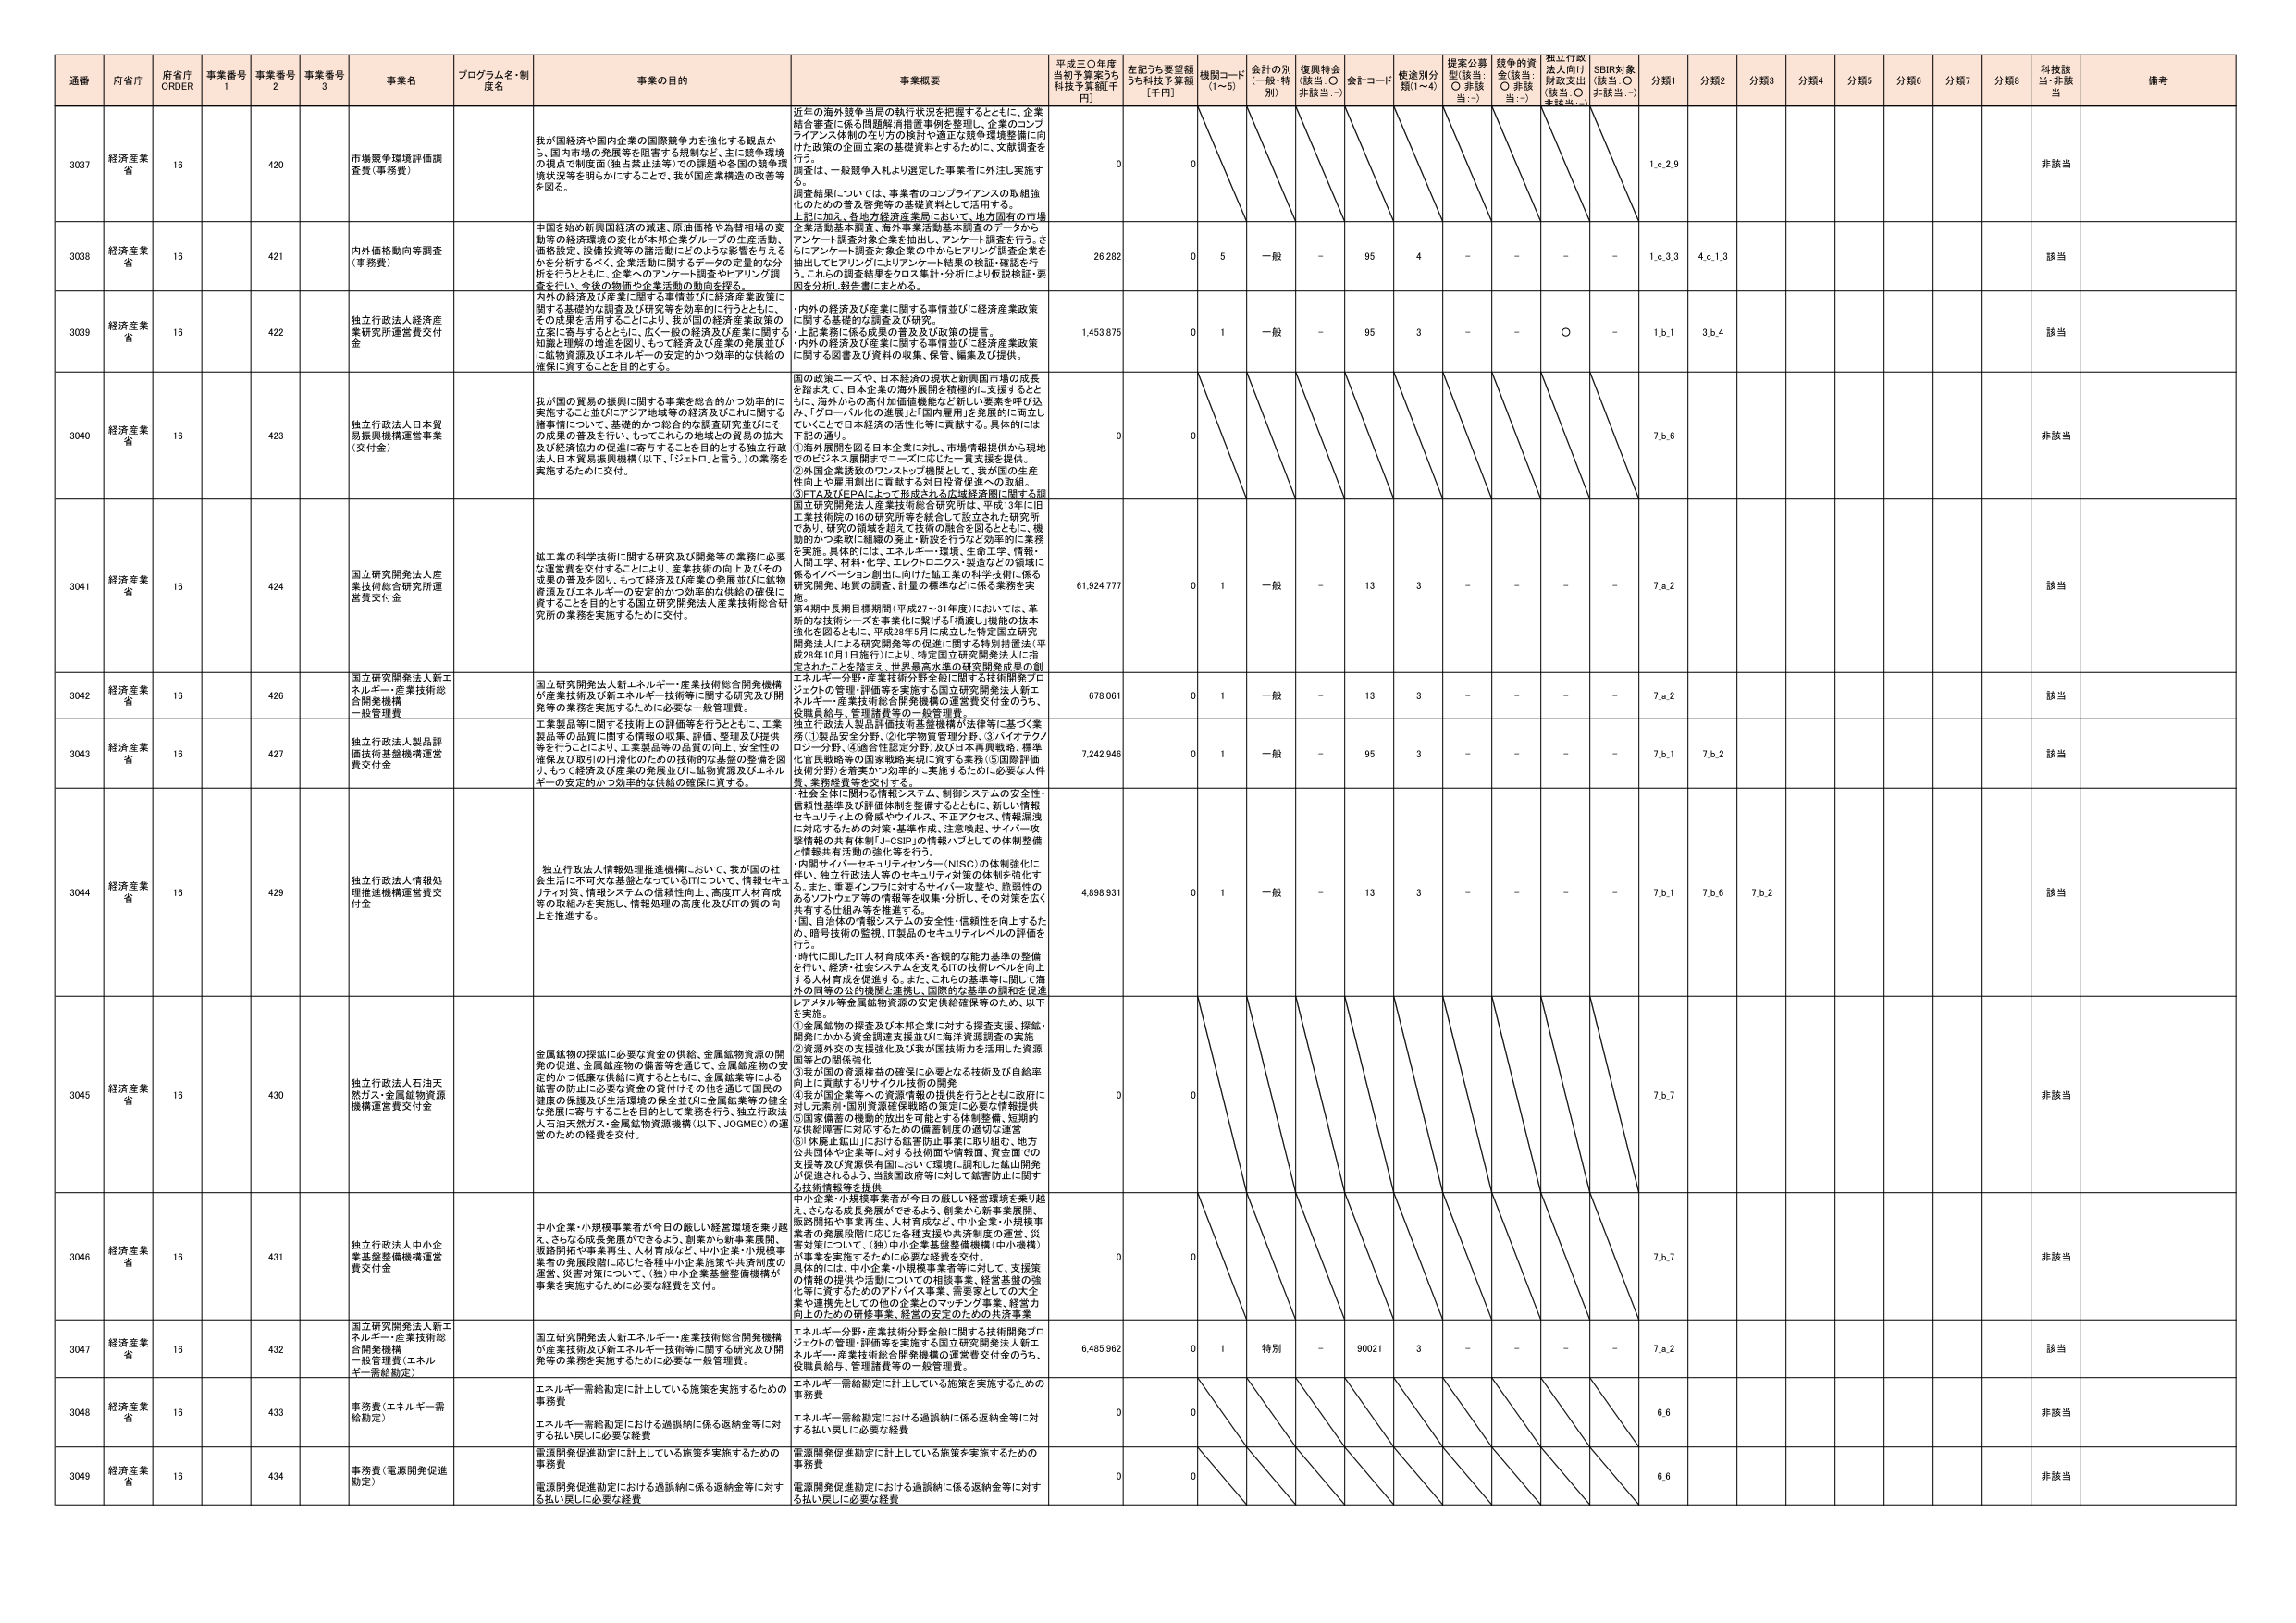
通番 府省庁 府省庁 ORDER 事業番号 1 事業番号 2 事業番号 3 事業名 プログラム名・制度名 事業の目的 事業概要 平成三〇年度当初予算案うち 科技予算額[千円] 左記うち要望額うち科技予算額[千円] 機関コード (1～5) 会計の別 (一般・特別) 復興特会 (該当：○ 非該当：-) 会計コード 使途別分類(1～4) 提案公募型(該当：○ 非該当：-) 認争の資金(該当：○ 非該当：-) 採択行政法人向け財政支出(該当：○ 非該当：-) SDR対象(該当：○ 非該当：-) 分類1 分類2 分類3 分類4 分類5 分類6 分類7 分類8 科技該当・非該当 備考

3037 経済産業省 16 420 市場競争環境評価調査費（事務費） 我が国経済や国内企業の国際競争力を強化する観点から、国内市場の発展等を阻害する規制など、主に競争環境の視点で制度面（独占禁止法等）での課題や各国の競争環境状況等を明らかにすることで、我が国産業構造の改善等を図る。 近年の海外競争当局の執行状況を把握するとともに、企業結合審査に係る問題解決措置事例を整理し、企業のコンプライアンス体制の在り方の検討や適正な競争環境整備に向けた政策の企画立案の基礎資料とするために、文献調査を調査は、一般競争入札より選定した事業者に外注し実施する。調査結果については、事業者のコンプライアンスの取組強化のための普及啓発等の基礎資料として活用する。上記に加え、各地方経済産業局において、地方固有の市場企業活動基本調査、海外事業活動基本調査のデータから、アンケート調査対象企業を抽出し、アンケート調査を行う。さらに、アンケート調査対象企業の中からアレンジ調査企業を抽出してアンケート・インタビュー結果の検証・精査を行う。これらの調査結果をクロス集計・分析により仮説検証・要因を分析し報告書にまとめる。 0 0 1.c.2.9 非該当

3038 経済産業省 16 421 内外価格動向等調査（事務費） 中国を始め新興国経済の減速、原油価格や為替相場の変動等の経済環境の変化が本邦企業グループの生産活動、価格設定、設備投資等の諸活動にどのような影響を与えるかを分析するべく、各産業別に調査するデータの集計的分析を行うとともに、企業へのアンケート調査やヒアリング調査を行い、今後の物価や企業活動の動向を推える。 企業活動基本調査、海外事業活動基本調査のデータから、アンケート調査対象企業を抽出し、アンケート調査を行う。さらに、アンケート調査対象企業の中からアレンジ調査企業を抽出してアンケート・インタビュー結果の検証・精査を行う。これらの調査結果をクロス集計・分析により仮説検証・要因を分析し報告書にまとめる。 26,282 0 5 一般 - 95 4 - - - - 1.c.3.3 4.c.1.3 該当

3039 経済産業省 16 422 独立行政法人経済産業研究所運営費交付金 内外の経済及び産業に関する事情並びに経済産業政策に関する基礎的な調査及び研究等を効率的に行うとともに、その成果を活用することにより、我が国の経済産業政策の立案・寄与するとともに、広く一般の経済及び産業に関する知識と理解の増進を図り、もって経済及び産業の発展並びに監物資源及びエネルギーの安定的かつ効率的な供給の確保に資することを目的とする。 ・内外の経済及び産業に関する事情並びに経済産業政策に関する基礎的な調査及び研究。・上記業務に係る成果の普及及び政策の提言。・内外の経済及び産業に関する事情並びに経済産業政策に関する図書及び資料の収集、保管、編集及び提供。 1,453,875 0 1 一般 - 95 3 - - ○ - 1.b.1 3.b.4 該当

3040 経済産業省 16 423 独立行政法人日本貿易振興機構運営費（交付金） 我が国の貿易の振興に関する事業を総合的かつ効率的に実施すること並びにアジア地域等の経済及びこれに関する諸事情について、基礎的かつ総合的な調査研究並びにその成果の普及を行い、もってこれらの地域との貿易の拡大及び経済協力の促進に寄与することを目的とする独立行政法人日本貿易振興機構（以下、「ジェトロ」と言う。）の業務を実施するために交付。 国の政策ニーズや、日本経済の現状と新興国市場の成長を踏まえて、日本企業の海外展開を積極的に支援するとともに、海外からの高付加価値機能など新しい要素を呼び込み、「グローバル化の進展」と「国内雇用と発展の両立」を図っていくことで日本経済の活性化等に貢献する。具体的には下記の通り。①海外展開を図る日本企業に対し、市場情報提供から現地のビジネス展開までニーズに応じた一貫支援を提供。②外国企業誘致のワンストップ機関として、我が国の生産性向上や雇用創出に貢献する対日投資促進への取組。③FTA及びEPAによって形成される広域経済圏に関する調 0 0 7.b.6 非該当

3041 経済産業省 16 424 国立研究開発法人産業技術総合研究所運営費交付金 鉱工業の科学技術に関する研究及び開発等の業務に必要な運営費を交付することにより、産業技術の向上及びその成果の普及を図り、もって経済及び産業の発展並びに監物資源及びエネルギーの安定的かつ効率的な供給の確保に資することを目的とする国立研究開発法人産業技術総合研究所の業務を実施するために交付。 国立研究開発法人産業技術総合研究所は、平成13年に旧工業技術院の160研究所等を統合して設立された研究所であり、研究の領域を超えて技術の融合を図るとともに、機動的かつ柔軟に組織の廃止・新設を行うなど効率的に業務を実施。具体的には、エネルギー・環境、生命工学、情報・人間工学、材料・化学、エレクトロニクス・製造などの領域に係るイノベーション創出に向けた独立した科学技術に係る研究開発、地質の調査、計算の標準などに係る業務を実施。第4期中長期目標期間（平成27～31年度）においては、革新的な技術シーズを事業化に繋げる「機能し機能の抜本強化を図るとともに、平成28年5月に成立した特定国立研究開発法人による研究開発等の促進に関する特別措置法（平成28年10月1日施行）により、特定国立研究開発法人に指定されたことを踏まえ、世界最高水準の研究開発成果の創 61,924,777 0 1 一般 - 13 3 - - - - 7.a.2 該当

3042 経済産業省 16 426 国立研究開発法人新エネルギー・産業技術総合開発機構合開発機構一般管理費 国立研究開発法人新エネルギー・産業技術総合開発機構が産業技術及び新エネルギー技術等に関する研究及び開発等の業務を実施するために必要な一般管理費。 エネルギー分野・産業技術分野全般に関する技術開発プロジェクトの管理・評価等を実施する国立研究開発法人新エネルギー・産業技術総合開発機構の運営費交付金のうち、役職員給与、管理諸費等の一般管理費。 678,061 0 1 一般 - 13 3 - - - - 7.a.2 該当

3043 経済産業省 16 427 独立行政法人製品評価技術基盤機構運営費交付金 工業製品等に関する技術上の評価等を行うとともに、工業製品等の品質に関する情報の収集、評価、整理及び提供等を行うことにより、工業製品等の品質の向上、安全性の確保及び取引の円滑化のための技術的な基盤の整備を図り、もって経済及び産業の発展並びに監物資源及びエネルギーの安定的かつ効率的な供給の確保に資する。 独立行政法人製品評価技術基盤機構が法律等に基づく業務（①製品安全分野、②化学物質管理分野、③バイオテクノロジー分野、④適合性認定分野）及び日本再興戦略、標準化官民戦略等の国家戦略実現に資する業務（⑤国際評価技術分野）を着実かつ効率的に実施するために必要な人件費、業務経費等を交付する。 7,242,946 0 1 一般 - 95 3 - - - - 7.b.1 7.b.2 該当

3044 経済産業省 16 429 独立行政法人情報処理推進機構運営費交付金 独立行政法人情報処理推進機構において、我が国の社会生活に不可欠な基盤となっているITについて、情報セキュリティ対策、情報システムの信頼性向上、高度IT人材育成等の取組みを実施し、情報処理の高度化及びITの質の向上を推進する。 ・社会全体に開かれる情報システム、制御システムの安全性・信頼性基準及び評価体制を整備するとともに、新しい情報セキュリティ上の脅威やウイルス、不正アクセス、情報漏洩に対応するための対策・基準作成、注意喚起、サイバー攻撃情報の共有体制「J-CISP」の情報ハブとしての体制整備と情報共有活動の強化等を行う。・内閣サイバーセキュリティセンター（NISC）の体制強化に伴い、独立行政法人等のセキュリティ対策の体制を強化する。また、重要インフラに対するサイバー攻撃や、脆弱性のあるソフトウェア等の情報収集・分析し、その対策を広く共有する仕組み等を推進する。・国、自治体の情報システムの安全性・信頼性を向上するため、暗号技術の監視、IT製品のセキュリティレベルの評価を行う。・時代に即したIT人材育成体系・客観的な能力基準の整備を行い、経済・社会システムを支えるITの技術レベルを向上する人材育成を促進する。また、これらの基準等に関して海外の同等の公的機関と連携し、国際的な基準の調和を促進 4,698,931 0 1 一般 - 13 3 - - - - 7.b.1 7.b.6 7.b.2 該当

3045 経済産業省 16 430 独立行政法人石油天然ガス・金属鉱物資源機構運営費交付金 金属鉱物の探鉱に必要な資金の供給、金属鉱物資源の開発の促進、金属鉱産物の備蓄等を通じて、金属鉱産物の安定的かつ低廉な供給に資するとともに、金属鉱業等による鉱業の防止に必要な資金の貸付けその他を通じて国民の健康の保護及び生活環境の保全並びに金属鉱業等の健全な発展に寄与することを目的として業務を行う。独立行政法人石油天然ガス・金属鉱物資源機構（以下、JOGMEC）の運営のための経費を交付。 リチウム等金属鉱物資源の安定供給確保等のため、以下を実施。①金属鉱物の探査及び本邦企業に対する探査支援、探鉱・開発にかかる資金調達支援並びに海洋資源調査の実施②資源外での支援強化及び我が国技術力を活用した資源国等との関係強化③我が国の資源権益の確保に必要となる技術及び自給率向上に貢献するリサイクル技術の開発④我が国企業等への資源機関の提供を行うとともに政府に対し元素別・国別資源確保戦略の策定に必要な情報提供⑤国家備蓄の機動的放出を可能とする体制整備、短期的な供給障害に対応するための備蓄制度の適切な運営⑥「休廃止鉱山」における鉱害防止事業に取り組む、地方公共団体や企業等に対する技術面や情報面、資金面での支援等及び資源復興面において環境に調和した鉱山開発が促進されるよう、当該国政策等に対して鉱害防止に関する技術情報等を提供 0 0 7.b.7 非該当

3046 経済産業省 16 431 独立行政法人中小企業基盤整備機構運営費交付金 中小企業・小規模事業者が今日の厳しい経営環境を乗り越え、さらなる成長発展ができるよう、創業から新事業展開、販路開拓や事業再生、人材育成など、中小企業・小規模事業者の発展段階に応じた各種中小企業施策や共済制度の運営、災害対策について、（独）中小企業基盤整備機構が事業を実施するために必要な経費を交付。 中小企業・小規模事業者が今日の厳しい経営環境を乗り越え、さらなる成長発展ができるよう、創業から新事業展開、販路開拓や事業再生、人材育成など、中小企業・小規模事業者の発展段階に応じた各種支援や共済制度の運営、災害対策について、（独）中小企業基盤整備機構（中小機構）が事業を実施するために必要な経費を交付。具体的には、中小企業・小規模事業者等に対して、支援策の情報の提供や活動についての相談事業、経営基盤の強化等に資するためのアドバイス事業、需要家としての大企業や連携先としての他の企業とのマッチング事業、経営力向上のための研修事業、経営の安定のための共済事業 0 0 7.b.7 非該当

3047 経済産業省 16 432 国立研究開発法人新エネルギー・産業技術総合開発機構合開発機構一般管理費（エネルギー需給勘定） 国立研究開発法人新エネルギー・産業技術総合開発機構が産業技術及び新エネルギー技術等に関する研究及び開発等の業務を実施するために必要な一般管理費。 エネルギー分野・産業技術分野全般に関する技術開発プロジェクトの管理・評価等を実施する国立研究開発法人新エネルギー・産業技術総合開発機構の運営費交付金のうち、役職員給与、管理諸費等の一般管理費。 6,485,962 0 1 特別 - 90021 3 - - - - 7.a.2 該当

3048 経済産業省 16 433 事務費（エネルギー需給勘定） エネルギー需給勘定に計上している施策を実施するための事務費 エネルギー需給勘定に計上している施策を実施するための事務費 エネルギー需給勘定における過誤納に係る返納金等に対する払い戻しに必要な経費 エネルギー需給勘定における過誤納に係る返納金等に対する払い戻しに必要な経費 0 0 6.6 非該当

3049 経済産業省 16 434 事務費（電源開発促進勘定） 電源開発促進勘定に計上している施策を実施するための事務費 電源開発促進勘定に計上している施策を実施するための事務費 電源開発促進勘定における過誤納に係る返納金等に対する払い戻しに必要な経費 電源開発促進勘定における過誤納に係る返納金等に対する払い戻しに必要な経費 0 0 6.6 非該当